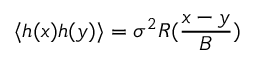
\langle h ( x ) h ( y ) \rangle = \sigma ^ { 2 } R ( \frac { x - y } { B } )